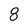
Character: 8